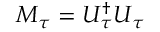
M _ { \tau } = U _ { \tau } ^ { \dagger } U _ { \tau }